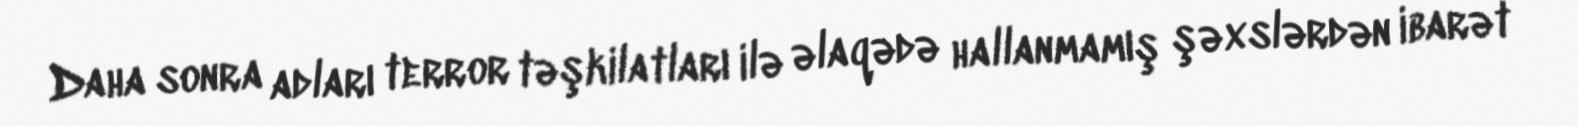
Daha sonra adları terror təşkilatları ilə əlaqədə hallanmamış şəxslərdən ibarət